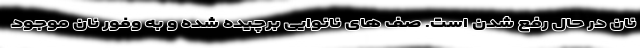
نان در حال رفع شدن است. صف های نانوایی برچیده شده و به وفور نان موجود